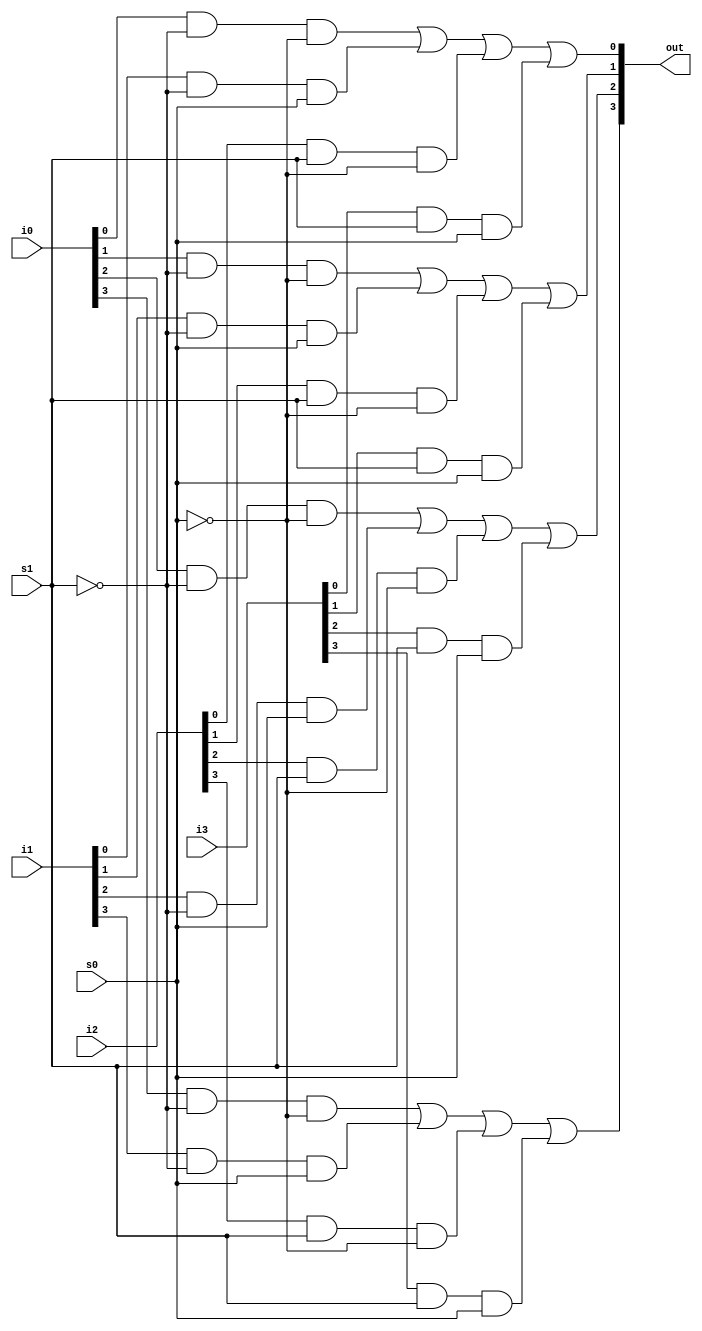
module mux4_to_1 (out, i0, i1, i2, i3, s1, s0); 
// Port declarations from the I/O diagram 
output [3:0] out; 
input [3:0] i0, i1, i2, i3; 
input s1, s0; 
// Internal wire declarations 
wire s1n, s0n; 
wire [3:0] y0, y1, y2, y3; 
// Gate instantiations 
// Create s1n and s0n signals. 
not n0(s1n, s1); 
not n1(s0n, s0); 
// 3-input and gates instantiated 
and a0(y0[0], i0[0], s1n, s0n); 
and a1(y1[0], i1[0], s1n, s0); 
and a2(y2[0], i2[0], s1, s0n); 
and a3(y3[0], i3[0], s1, s0); 

and a4(y0[1], i0[1], s1n, s0n); 
and a5(y1[1], i1[1], s1n, s0); 
and a6(y2[1], i2[1], s1, s0n); 
and a7(y3[1], i3[1], s1, s0); 

and a8(y0[2], i0[2], s1n, s0n); 
and a9(y1[2], i1[2], s1n, s0); 
and a10(y2[2], i2[2], s1, s0n); 
and a11(y3[2], i3[2], s1, s0); 

and a12(y0[3], i0[3], s1n, s0n); 
and a13(y1[3], i1[3], s1n, s0); 
and a14(y2[3], i2[3], s1, s0n); 
and a15(y3[3], i3[3], s1, s0); 
// 4-input or gate instantiated 
or o0(out[0], y0[0], y1[0], y2[0], y3[0]); 
or o1(out[1], y0[1], y1[1], y2[1], y3[1]); 
or o2(out[2], y0[2], y1[2], y2[2], y3[2]); 
or o3(out[3], y0[3], y1[3], y2[3], y3[3]); 
endmodule